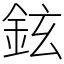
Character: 鉉